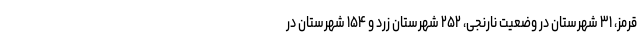
قرمز، ۳۱ شهرستان در وضعیت نارنجی، ۲۵۲ شهرستان زرد و ۱۵۴ شهرستان در